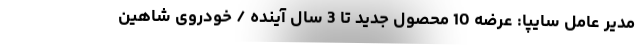
مدیر عامل سایپا: عرضه 10 محصول جدید تا 3 سال آینده / خودروی شاهین